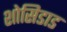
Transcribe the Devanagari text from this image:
शोसिडाड